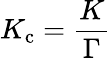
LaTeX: K_{\mathrm{c}}={\frac{K}{\Gamma}}